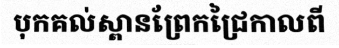
បុកគល់ស្ពានព្រែកជ្រៃកាលពី